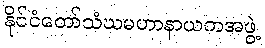
နိုင်ငံတော်သံဃမဟာနာယကအဖွဲ့